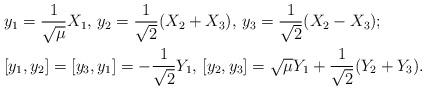
LaTeX: \begin{align*} &y_1=\frac{1}{\sqrt{\mu}}X_1, \, y_2=\frac{1}{\sqrt{2}}(X_2+X_3), \, y_3=\frac{1}{\sqrt{2}}(X_2-X_3);\\ &[y_1,y_2]=[y_3,y_1]=-\frac{1}{\sqrt{2}} Y_1, \, [y_2,y_3]= \sqrt{\mu}Y_1+\frac{1}{\sqrt{2}}(Y_2+Y_3).\end{align*}